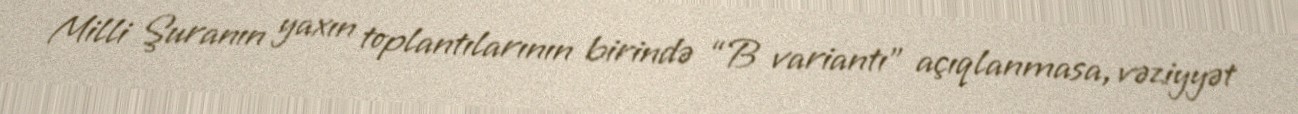
Milli Şuranın yaxın toplantılarının birində “B variantı” açıqlanmasa, vəziyyət